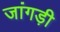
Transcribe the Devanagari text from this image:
जांगड़ी